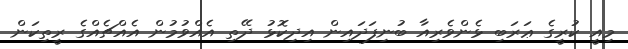
މިއީ ކުރީގެ ޢަރަބި ޅެންވެރިއާ ބުނިފަދައިން އިދިކޮޅު ދޭތި އެއްވުމުން އެއްޗެއްގެ ރީތިކަން